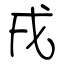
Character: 戌